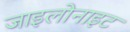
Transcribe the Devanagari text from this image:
जाइलोनाइट